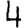
Digit: 4